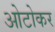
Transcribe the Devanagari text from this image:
ओटोकर